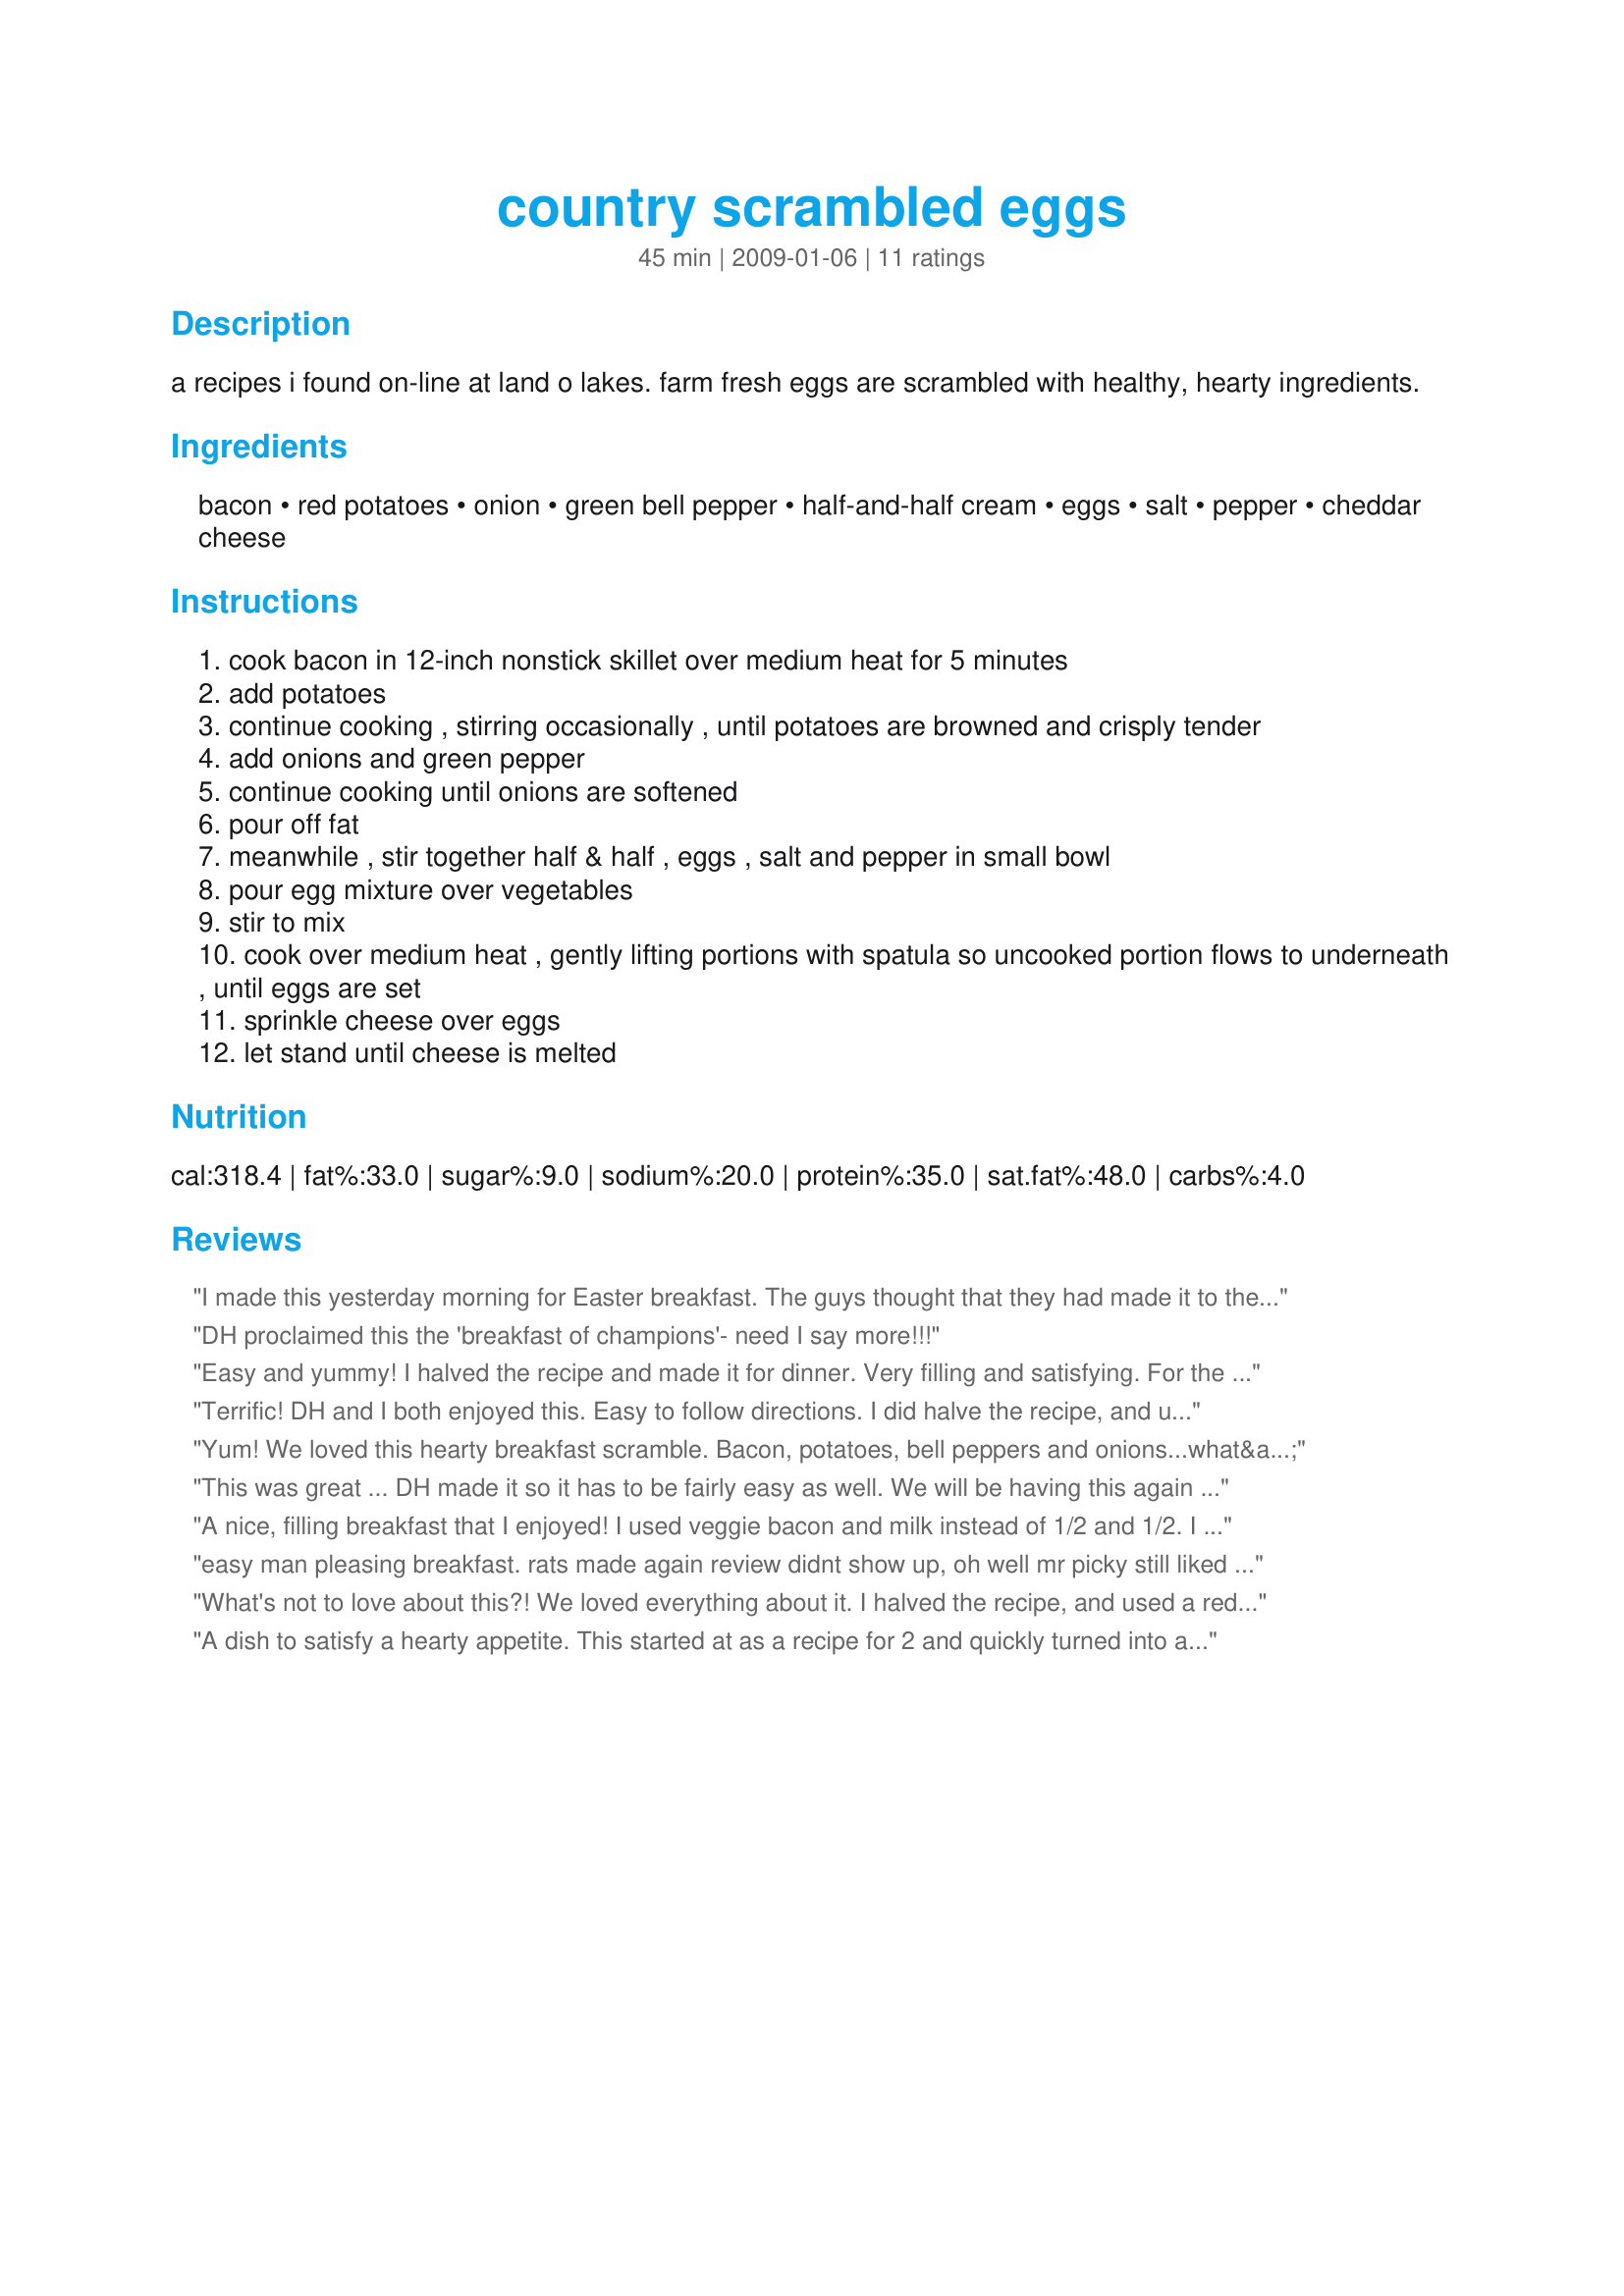
country scrambled eggs
Preparation time: 45 minutes

a recipes i found on-line at land o lakes.
farm fresh eggs are scrambled with healthy, hearty ingredients.

Ingredients:
bacon, red potatoes, onion, green bell pepper, half-and-half cream, eggs, salt, pepper, cheddar cheese

Steps:
cook bacon in 12-inch nonstick skillet over medium heat for 5 minutes
add potatoes
continue cooking , stirring occasionally , until potatoes are browned and crisply tender
add onions and green pepper
continue cooking until onions are softened
pour off fat
meanwhile , stir together half & half , eggs , salt and pepper in small bowl
pour egg mixture over vegetables
stir to mix
cook over medium heat , gently lifting portions with spatula so uncooked portion flows to underneath , until eggs are set
sprinkle cheese over eggs
let stand until cheese is melted

Reviews:
I made this yesterday morning for Easter breakfast. The guys thought that they had made it to the promised land because I so very rarely (can we say never?) make anything containing cream, eggs and cheese!. It's not at all difficult to make and is utterly scrumptious. I think that this might appear again around Christmas. You made some very happy folks diner :D.
DH proclaimed this the 'breakfast of champions'- need I say more!!!
Easy and yummy! I halved the recipe and made it for dinner. Very filling and satisfying. For the half-and-half I used almond cream, also I used the whole amount of bell pepper for half of the eggs. Thanks for sharing!&lt;br/&gt;Made for CQ 2014
Terrific! DH and I both enjoyed this. Easy to follow directions. I did halve the recipe, and used a red bell pepper. Very good! Thanks for the great recipe! Made for Every Day is a Holiday Tag
Yum! We loved this hearty breakfast scramble. Bacon, potatoes, bell peppers and onions...what&#039;s not to love. I halved the recipe because there was only two of us eating and it still made a lot. I added some baking powder to the eggs (I always do that for scrambled eggs and omelets) as it makes the eggs fluffier. Thank you for sharing this wonderful recipe. **Made for Culinary Quest - Suitcase Gourmets**
This was great ... DH made it so it has to be fairly easy as well. We will be having this again especially when we have a crowd for breakfast.
A nice, filling breakfast that I enjoyed! I used veggie bacon and milk instead of 1/2 and 1/2. I also reduced the recipe down to 2 eggs. Thanks!
easy man pleasing breakfast. rats made again review didnt show up, oh well mr picky still liked it lol
What's not to love about this?! We loved everything about it. I halved the recipe, and used a red bell pepper (out of green). I forgot to add the cheese which was sitting right on the counter next to the skillet, lol. But it was still great without it. Thanks diner for another great keeper. Made for Photo Tag.
A dish to satisfy a hearty appetite. This started at as a recipe for 2 and quickly turned into a recipe for 3 to 4. I think it was the size of potato I used that put this over the top. As always when I cook some changes were made. The bacon was reduced to 2 slices, the onion was red and the bell pepper yellow. The eggs were beaten with organic plain yogurt and only a sprinkle of cheese added to the top. The dish was served with Blueberry-Lemon Cornbread Muffins. Made for Culinary Quest.
Great eggs, scaled back for 1 serve and used 2 small eggs and red capsicum/bell pepper but as I had a heap of bacon to cook I cooked the bacon in the oven and then cooked the vegies in a teaspoon of oil and then added the eggs and served my bacon on the side with a piece of wholemeal/wholegrain toast. Thank you to Annacia for recommending and diner524 for posting a very filling breakfast, made for I Recommend.
